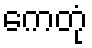
ကေတုံ